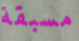
مسبقة